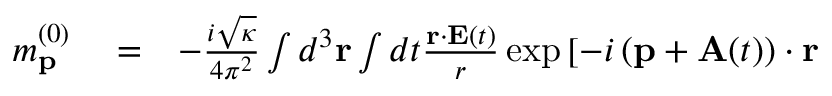
\begin{array} { r l r } { m _ { \mathbf { p } } ^ { ( 0 ) } } & { { } = } & { - \frac { i \sqrt { \kappa } } { 4 \pi ^ { 2 } } \int d ^ { 3 } \mathbf { r } \int d t \frac { \mathbf { r } \cdot \mathbf { E } ( t ) } { r } \exp \left[ - i \left( \mathbf { p } + \mathbf { A } ( t ) \right) \cdot \mathbf { r } \right. } \end{array}